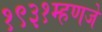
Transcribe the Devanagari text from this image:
१९३१म्हणजे